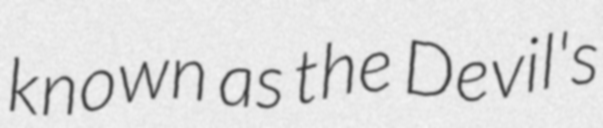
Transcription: known as the Devil's